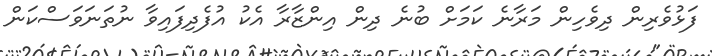
ފަޅުވެރިން ދިވެހިން މަރާނެ ކަމަށް ބުނެ ދިން އިންޒާރާ އެކު އުފެދިފައިވާ ނުތަނަވަސްކަން